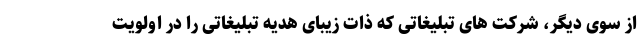
از سوی دیگر، شرکت های تبلیغاتی که ذات زیبای هدیه تبلیغاتی را در اولویت